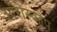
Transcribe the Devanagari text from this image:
ऑरोस्कोप